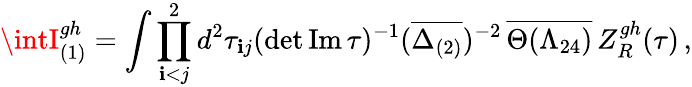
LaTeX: \intI_{(1)}^{gh}=\int\prod_{\mathbf{i}<j}^{2}d^{2}\tau_{\mathbf{i}j}(\operatorname*{d\mathrm{e}t}{\mathrm{{Im\, }}\tau})^{-1}(\overline{{{{\Delta_{(2)}}}}})^{-2}\, \overline{{{{\Theta(\Lambda_{24})}}}}\, Z_{R}^{gh}(\tau)\, ,